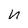
Character: n